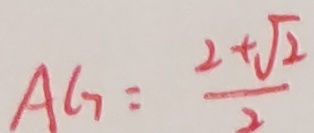
A G = \frac { 2 + \sqrt { 2 } } { 2 }